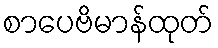
စာပေဗိမာန်ထုတ်